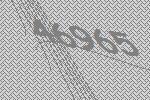
46965